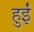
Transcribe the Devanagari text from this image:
हुर्इं